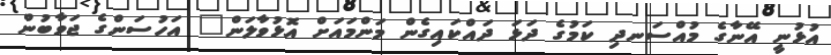
އުޅުނީ އޭނާގެ މުއްސަނދި ކަމުގެ ދަޅަ ދައްކައިގެން މަންމައަށް އޮޅުވާލަން" އަހުސަންގެ ޖަވާބުން